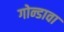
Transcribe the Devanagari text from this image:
गोन्डावा